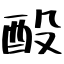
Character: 酘